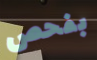
بفحص